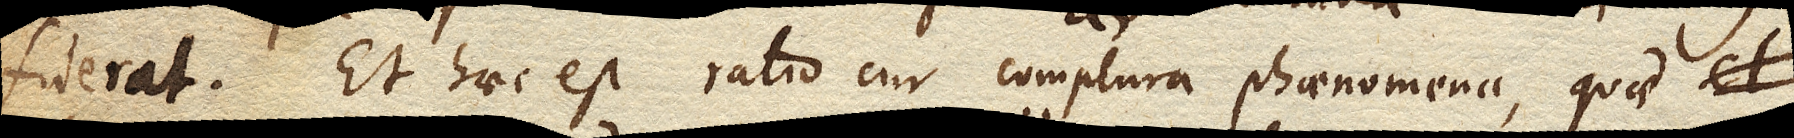
fuerat. Et haec est ratio cur complura phaenomena, quod